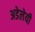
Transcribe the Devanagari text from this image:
अडेलेयी